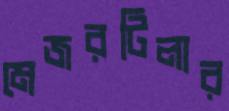
মেজরটিলার